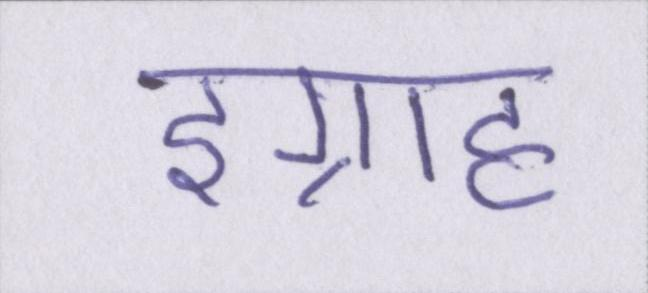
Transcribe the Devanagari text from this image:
इग्राह